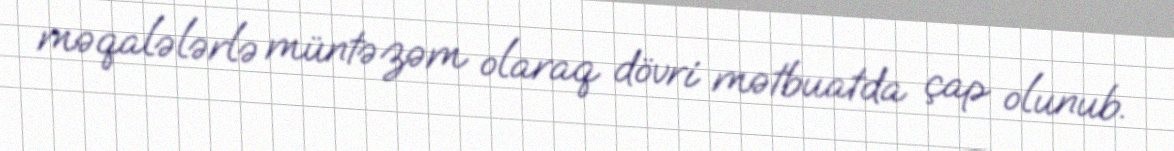
məqalələrlə müntəzəm olaraq dövri mətbuatda çap olunub.